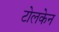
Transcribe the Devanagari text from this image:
टोलकेन